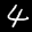
Label: 4